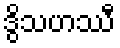
ဒွိသဟဿီ